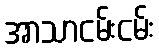
အာသာငမ်းငမ်း